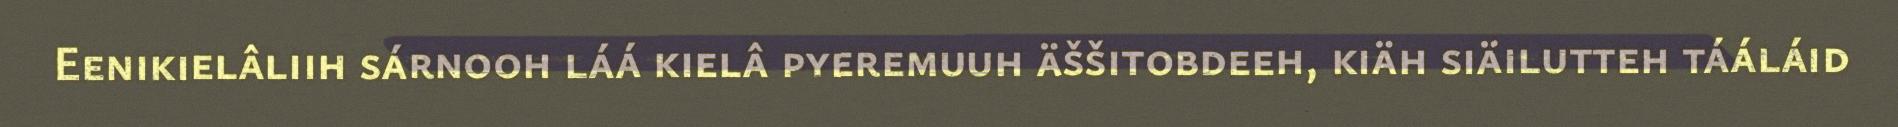
Eenikielâliih sárnooh láá kielâ pyeremuuh äššitobdeeh, kiäh siäilutteh tááláid